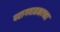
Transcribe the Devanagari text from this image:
परागवाहकाच्या